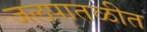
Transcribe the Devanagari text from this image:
जलपातळीत